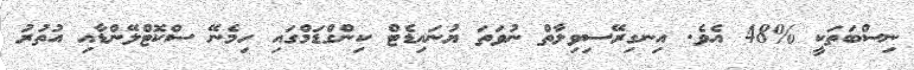
ނިސްބަތަކީ %48 އެވެ. އިނގިރޭސިވިލާތް ނުވަތަ ޔުނައިޑެޓް ކިންގްޑަމްގައި ހިމެނޭ ސްކޮޓްލޭންޑާއި އުތުރު